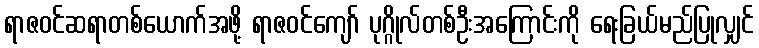
ရာဇဝင်ဆရာတစ်ယောက်အဖို့ ရာဇဝင်ကျော် ပုဂ္ဂိုလ်တစ်ဦးအကြောင်းကို ရေးခြယ်မည်ပြုလျှင်